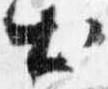
出